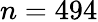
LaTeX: n=494